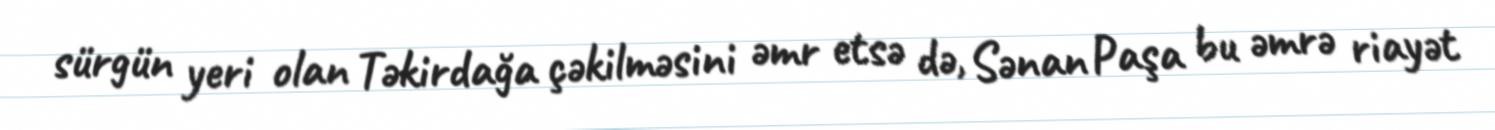
sürgün yeri olan Təkirdağa çəkilməsini əmr etsə də, Sənan Paşa bu əmrə riayət